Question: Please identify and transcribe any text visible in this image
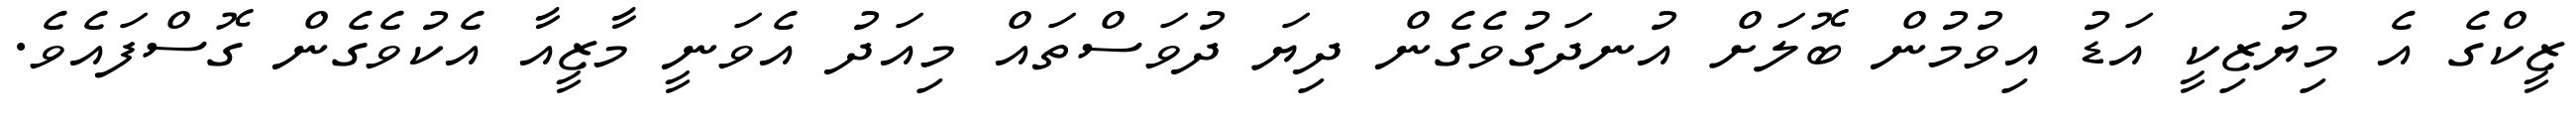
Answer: ޒީކްގެ އެ މިޔުޒިކީ އަޑު އިވުމުން ބޮލަށް އުނދަގުވެގެން ދިޔަ ދުވަސްތައް މިއަދު އެވަނީ މާޒީއާ އެކުވެގެން ގޮސްފައެވެ.